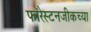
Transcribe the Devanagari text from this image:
फॉरेस्टनजीकच्या